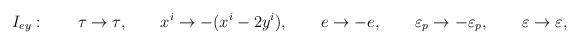
LaTeX: \begin{align*}I_{ey}:\qquad \tau \rightarrow \tau ,\qquad x^{i}\rightarrow-(x^{i}-2y^{i}),\qquad e\rightarrow -e,\qquad \varepsilon _{p}\rightarrow-\varepsilon _{p},\qquad \varepsilon \rightarrow \varepsilon ,\end{align*}